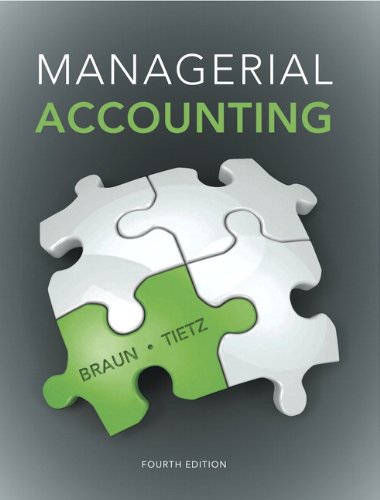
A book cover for Managerial Accounting (4th Edition); Karen W. Braun; Business & Money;